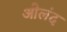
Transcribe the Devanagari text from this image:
ओलंद